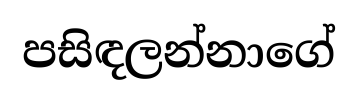
පසිඳලන්නාගේ